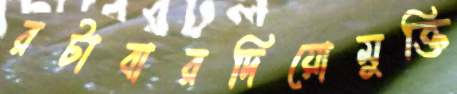
রটাবারদিয়োমুক্তি